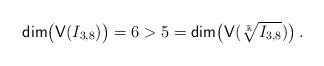
LaTeX: \begin{align*} \mathsf{dim}\big(\mathsf{V} ( I_{3,8})\big)=6>5= \mathsf{dim}\big(\mathsf{V}(\sqrt[\mathbb{R}]{I_{3,8} })\big)\,.\end{align*}